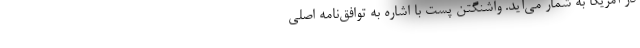
در آمریکا به شمار می‌آید. واشنگتن پست با اشاره به توافق‌نامه اصلی